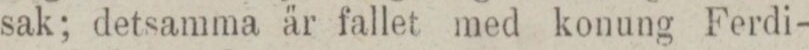
sak; detsamma är fallet med konung Ferdi-